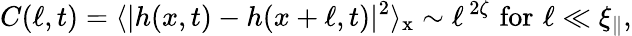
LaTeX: C(\ell,t)=\langle\lvert h(x,t)-h(x+\ell,t)\rvert^{2}\rangle_{\mathrm{x}}\sim\ell^{\, 2\zeta}\mathrm{\, \, for\, \, }\ell\ll\xi_{\parallel},